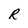
Character: R